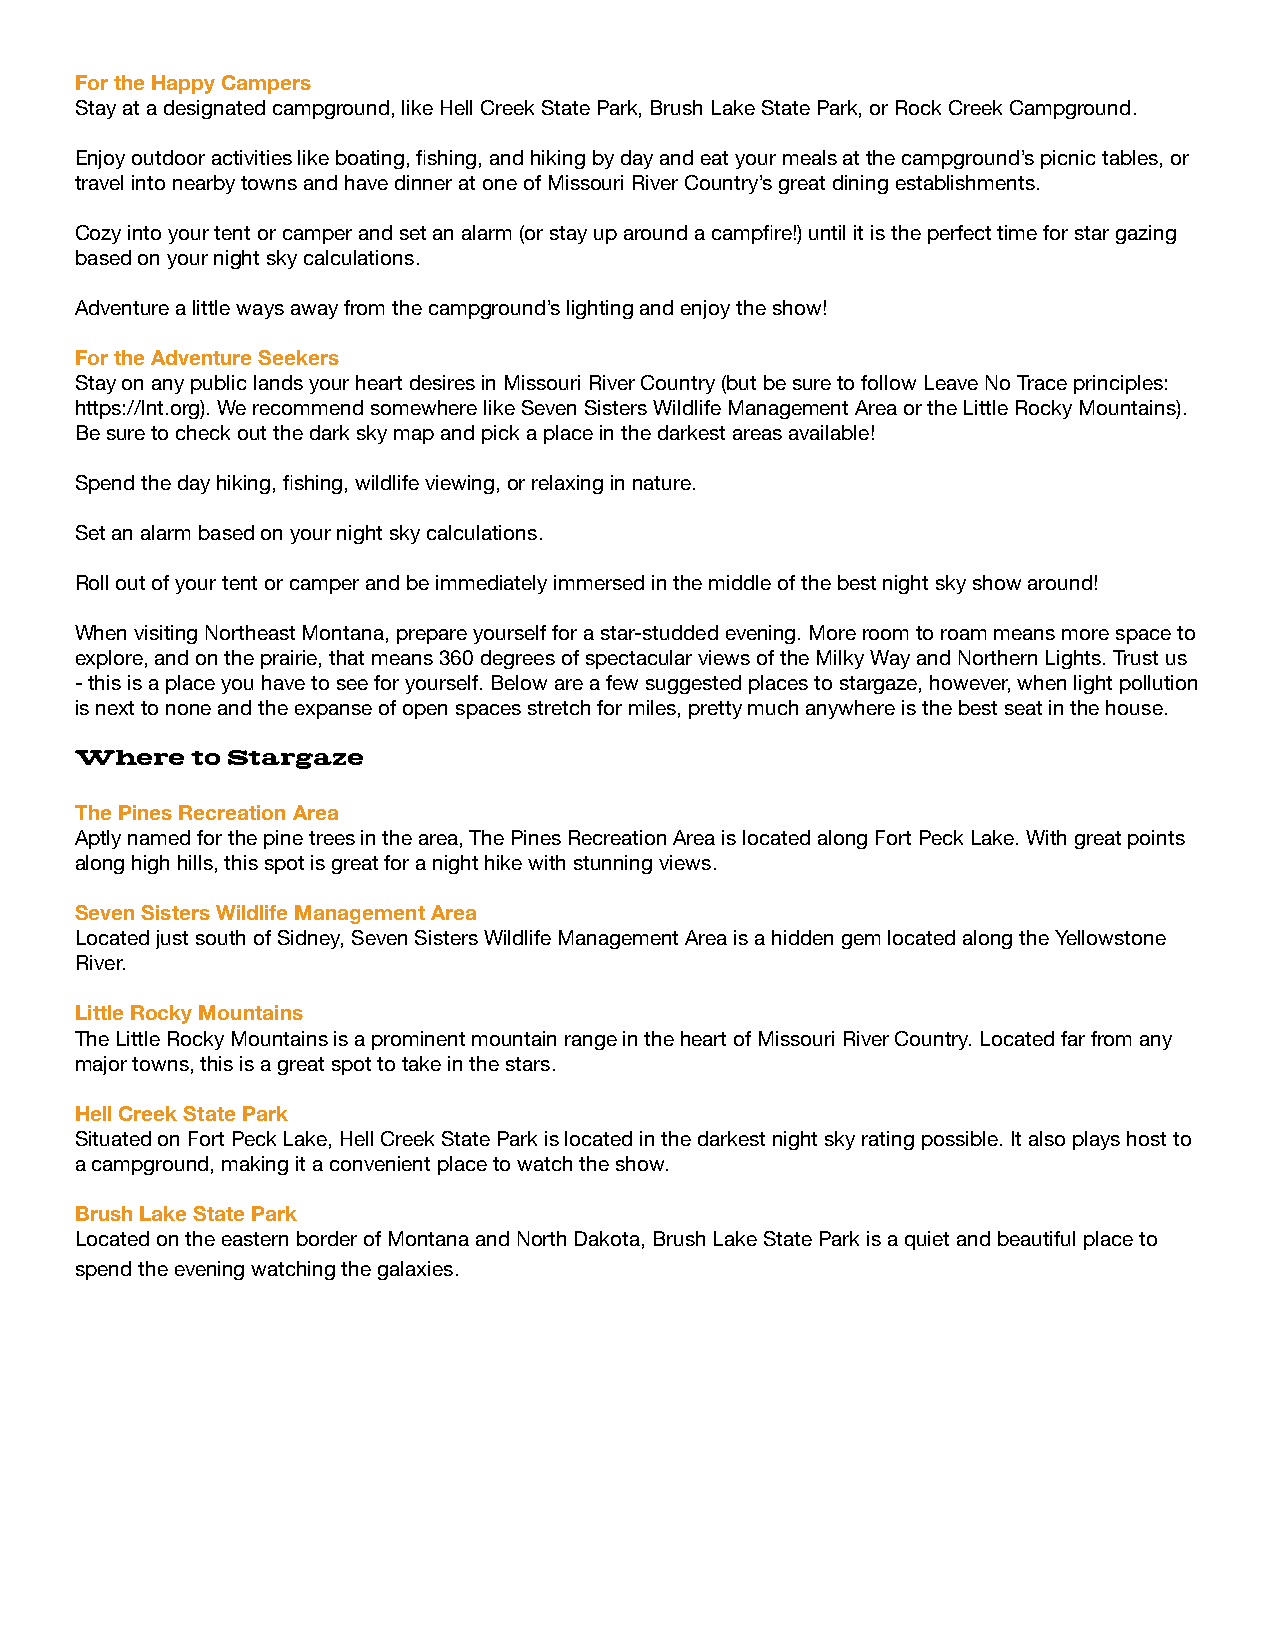
For the Happy Campers
 Stay at a designated campground, like Hell Creek State Park, Brush Lake State Park, or Rock Creek Campground.
 Enjoy outdoor activities like boating, fishing, and hiking by day and eat your meals at the campground’s picnic tables, or
 travel into nearby towns and have dinner at one of Missouri River Country’s great dining establishments.
 Cozy into your tent or camper and set an alarm (or stay up around a campfire!) until it is the perfect time for star gazing
 based on your night sky calculations.
 Adventure a little ways away from the campground’s lighting and enjoy the show!
 For the Adventure Seekers
 Stay on any public lands your heart desires in Missouri River Country (but be sure to follow Leave No Trace principles:
 https://lnt.org). We recommend somewhere like Seven Sisters Wildlife Management Area or the Little Rocky Mountains).
 Be sure to check out the dark sky map and pick a place in the darkest areas available!
 Spend the day hiking, fishing, wildlife viewing, or relaxing in nature.
 Set an alarm based on your night sky calculations.
 Roll out of your tent or camper and be immediately immersed in the middle of the best night sky show around!
 When visiting Northeast Montana, prepare yourself for a star-studded evening. More room to roam means more space to
 explore, and on the prairie, that means 360 degrees of spectacular views of the Milky Way and Northern Lights. Trust us
 - this is a place you have to see for yourself. Below are a few suggested places to stargaze, however, when light pollution
 is next to none and the expanse of open spaces stretch for miles, pretty much anywhere is the best seat in the house.
 Where   to Stargaze
 The Pines Recreation Area
 Aptly named for the pine trees in the area, The Pines Recreation Area is located along Fort Peck Lake. With great points
 along high hills, this spot is great for a night hike with stunning views.
 Seven Sisters Wildlife Management Area
 Located just south of Sidney, Seven Sisters Wildlife Management Area is a hidden gem located along the Yellowstone
 River.
 Little Rocky Mountains
 The Little Rocky Mountains is a prominent mountain range in the heart of Missouri River Country. Located far from any
 major towns, this is a great spot to take in the stars.
 Hell Creek State Park
 Situated on Fort Peck Lake, Hell Creek State Park is located in the darkest night sky rating possible. It also plays host to
 a campground, making it a convenient place to watch the show.
 Brush Lake State Park
 Located on the eastern border of Montana and North Dakota, Brush Lake State Park is a quiet and beautiful place to
 spend the evening watching the galaxies.